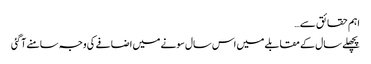
اہم حقائق سے…
پچھلے سال کے مقابلے میں اس سال سونے میں اضافے کی وجہ سامنے آگئی